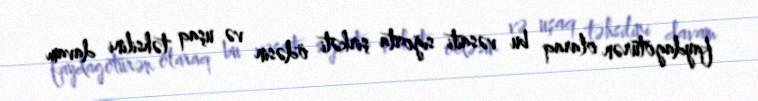
faydagötürən olaraq bu vəsaiti sığorta şirkəti ödəsin və uşaq təhsilini davam